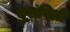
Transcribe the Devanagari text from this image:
घुसविली